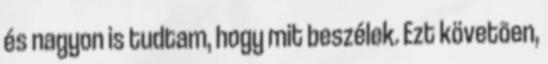
és nagyon is tudtam, hogy mit beszélek. Ezt követõen,